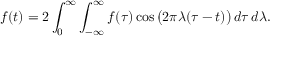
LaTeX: f ( t ) = 2 \int _ { 0 } ^ { \infty } \int _ { - \infty } ^ { \infty } f ( \tau ) \cos { \bigl ( } 2 \pi \lambda ( \tau - t ) { \bigr ) } \, d \tau \, d \lambda .